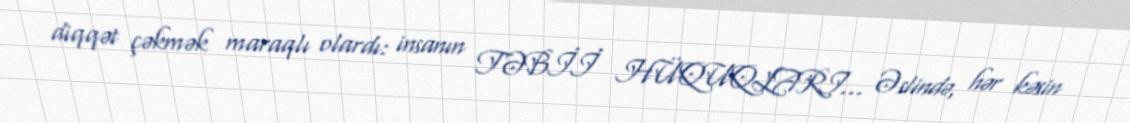
diqqət çəkmək maraqlı olardı: insanın TƏBİİ HÜQUQLARI… Əslində, hər kəsin